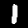
Label: 1